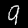
Label: 9